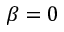
\beta = 0